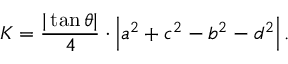
K = { \frac { | \tan \theta | } { 4 } } \cdot \left| a ^ { 2 } + c ^ { 2 } - b ^ { 2 } - d ^ { 2 } \right| .